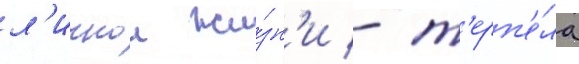
л'ичнои жи́зн'и - т'ерп'е́ла